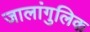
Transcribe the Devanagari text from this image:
जालांगुलिक